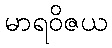
မာရဝိဇယ